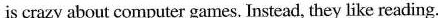
___is crazy about computer games. Instead, they like reading.